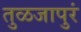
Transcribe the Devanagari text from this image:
तुळजापुरं